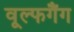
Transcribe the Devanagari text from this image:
वूल्फगैंग